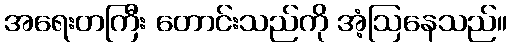
အရေးတကြီး တောင်းသည်ကို အံ့ဩနေသည်။